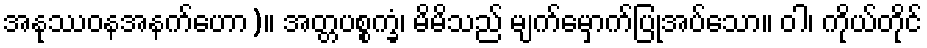
အနုဿဝနအနက်ဟော)။ အတ္တပစ္စက္ခံ၊ မိမိသည် မျက်မှောက်ပြုအပ်သော။ ဝါ၊ ကိုယ်တိုင်